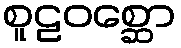
စူဠဝစ္ဆော